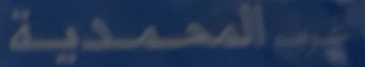
العمدية